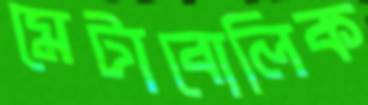
মেটাবোলিক